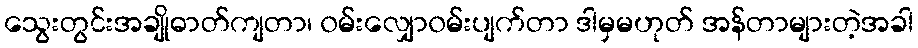
သွေးတွင်းအချိုဓာတ်ကျတာ၊ ၀မ်းလျှော၀မ်းပျက်တာ ဒါမှမဟုတ် အန်တာများတဲ့အခါ